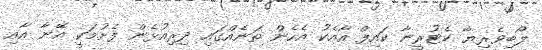
ލޯބިވެރިޔާ ކެޓުރީނާ ކައިފް އާއެކު އެހެން ތަނެއްގައި ދިރިއުޅެން ފެށުމަކީ އޭނާ އާއި